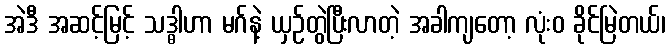
အဲဒီ အဆင့်မြင့် သဒ္ဓါဟာ မဂ်နဲ့ ယှဉ်တွဲပြီးလာတဲ့ အခါကျတော့ လုံးဝ ခိုင်မြဲတယ်၊